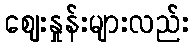
ဈေးနှုန်းများလည်း